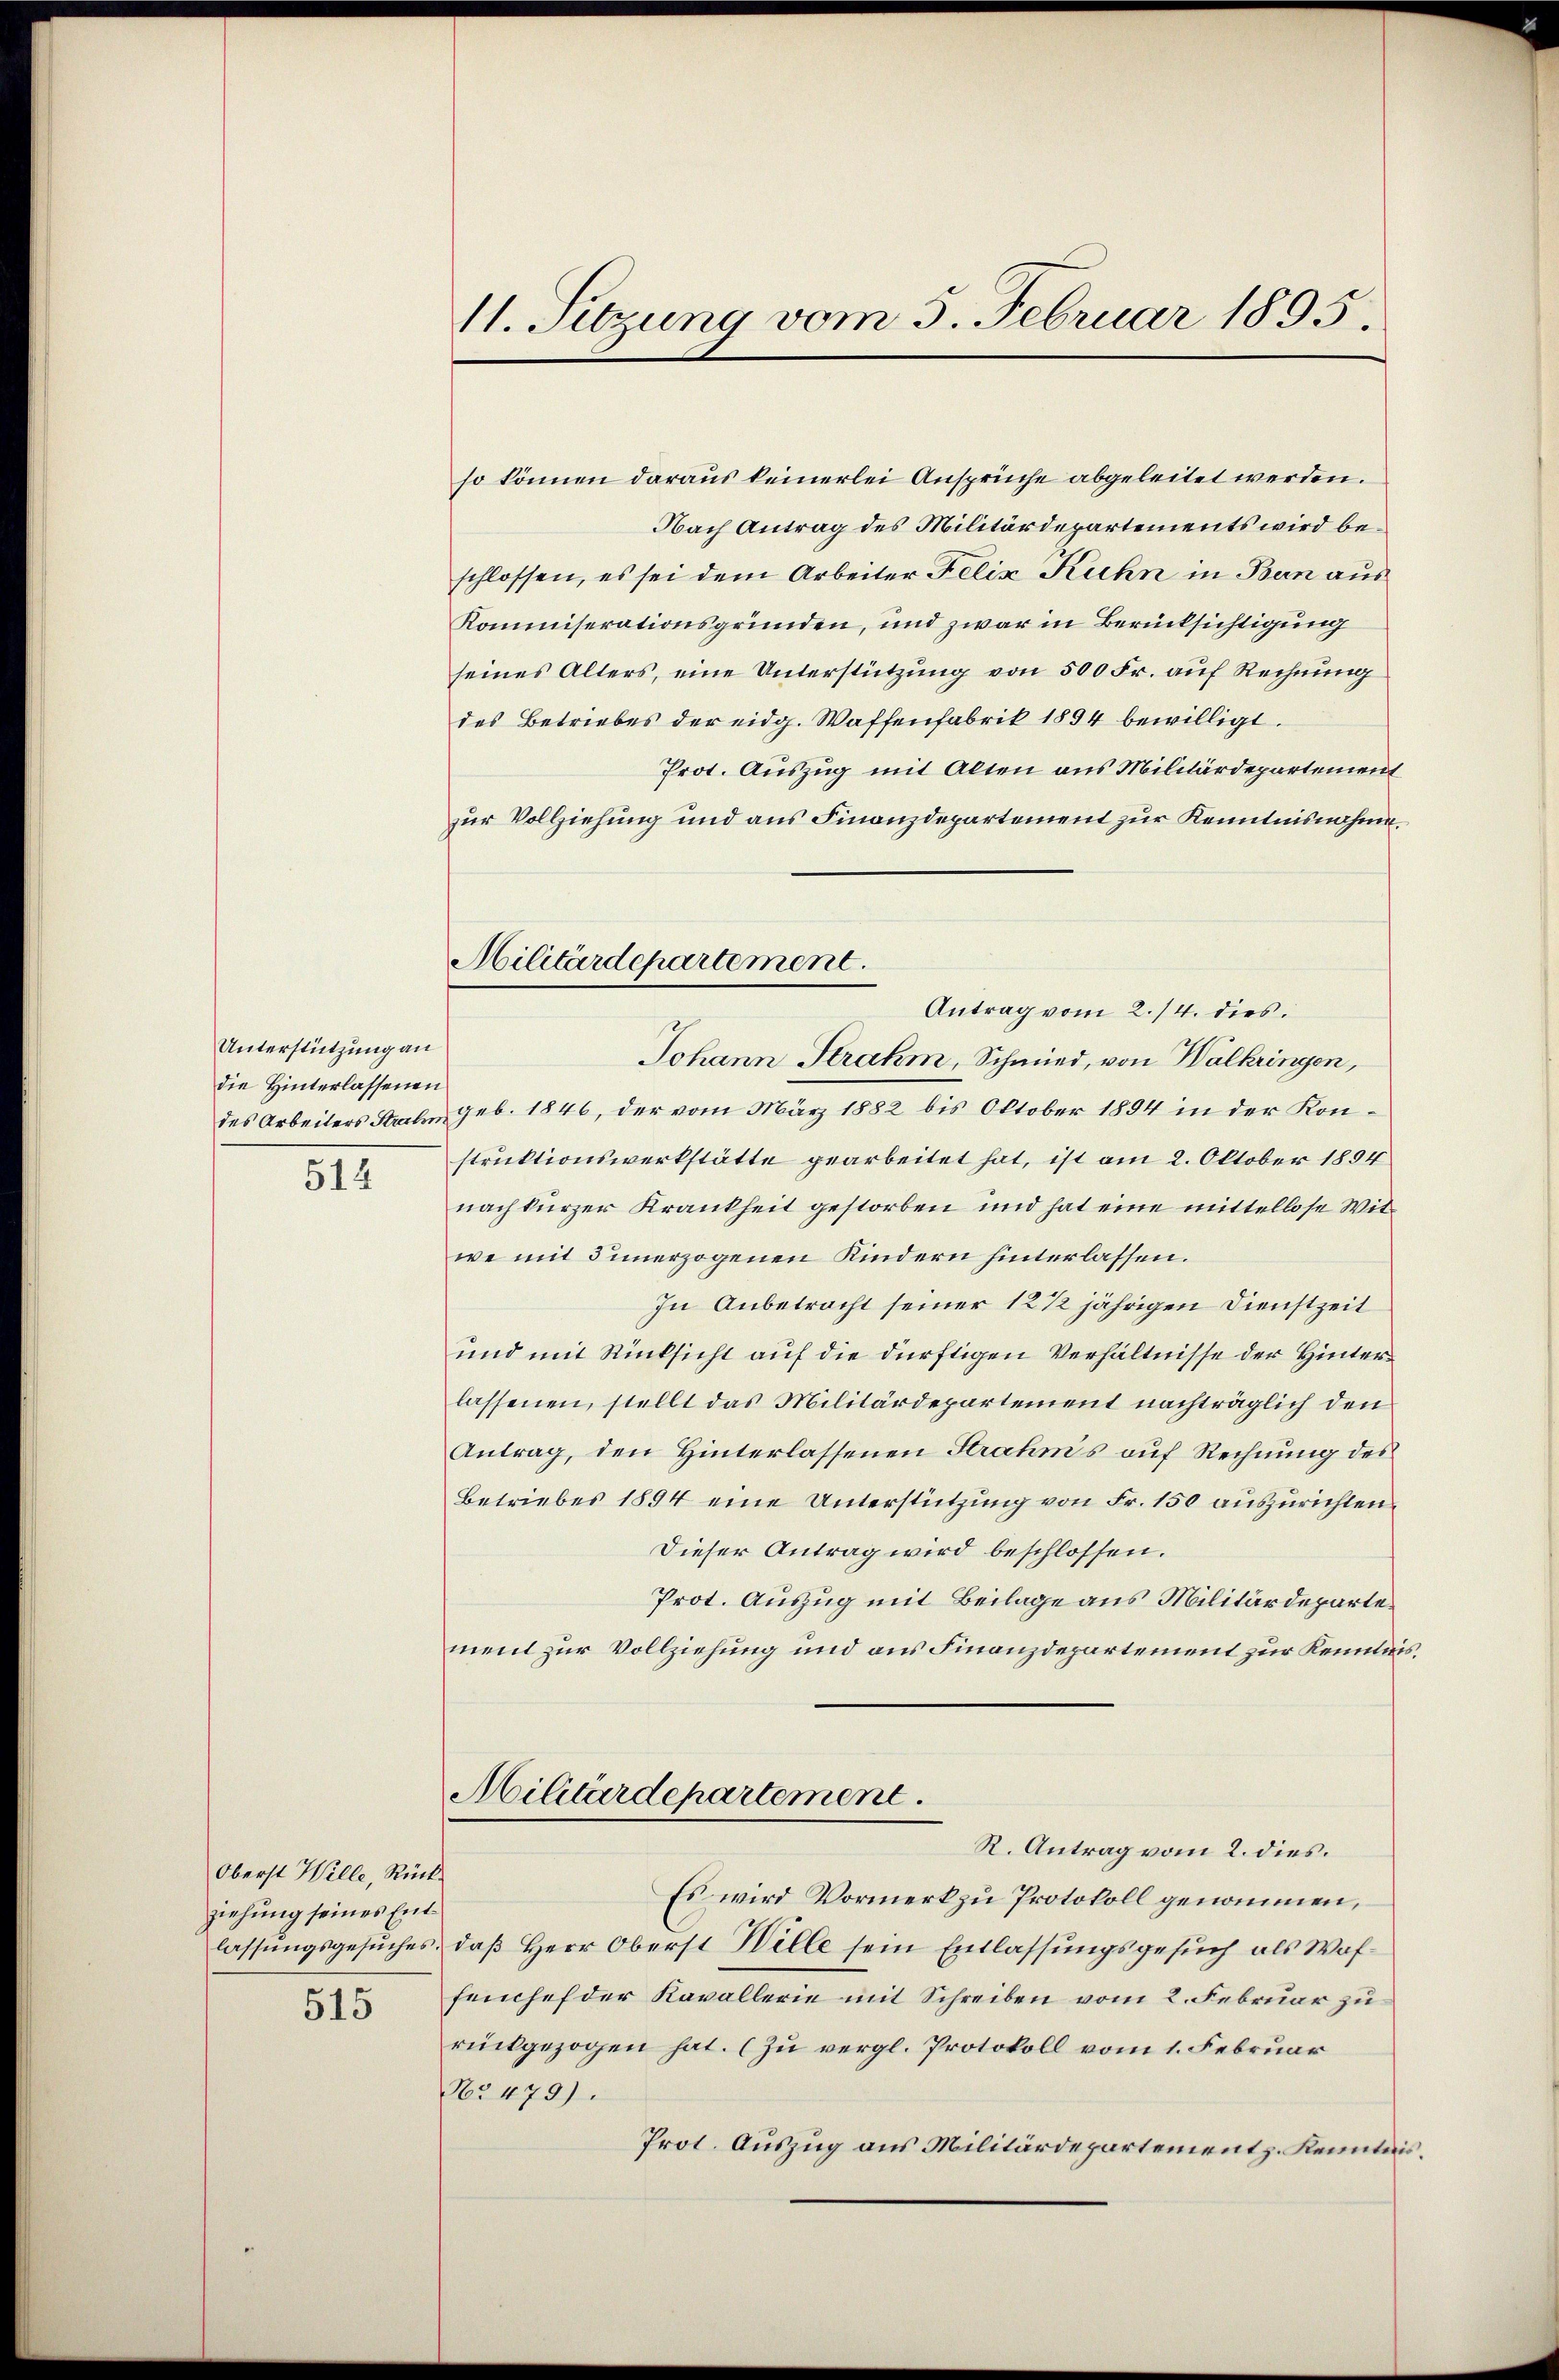
Unterstützung an
die Hinterlassenen
514

Oberst Wille, Rückziehung seines Ent¬

515

11. Sitzung vom 5. Februar 1895.

so können daraus keinerlei Ansprüche abgeleitet werden.
Nach Antrag des Militärdepartements wird beschlossen, es sei dem Arbeiter Felix Kuhn in Bern aus
Kommiserationsgründen, und zwar in Berücksichtigung
seines Alters, eine Unterstützung von 500 Fr. auf Rechnung
des Betriebes der eidg. Waffenfabrik 1894 bewilligt.
Prot. Auszug mit Alten aus Militärdepartement
zur Vollziehung und aus Finanzdepartement zur Kenntnisnahme.
Antrag vom 2./4. dies
Johann Strahm, Schmied, von Walkringen,
des Arbeiters Saal geb. 1846, der vom März 1882 bis Oktober 1894 in der Konstruktionswerkstätte gearbeitet hat, ist am 2. Oktober 1894
nach kurzer Krankheit gestorben und hat eine mittellose Witwe mit 3 unerzogenen Kindern hinterlassen.
In Anbetracht seiner 12 1/2 jährigen Dienstzeit
und mit Rücksicht auf die dürftigen Verhältnisse der Hinterlassenen, stellt das Militärdepartement nachträglich den
Antrag, den Hinterlassenen Strahms auf Rechnung des
Betriebes 1894 eine Unterstützung von Fr. 150 auszurichten.
Dieser Antrag wird beschlossen.
Prot. Auszug mit Beilage aus Militärdepartement zur Vollziehung und aus Finanzdepartement zur Kenntnis
Militärdepartement.
R. Antrag vom 2. dies.
Es wird Vormerk zu Protokoll genommen,
lassungsgesuches, daß Herr Oberst Wille sein Entlassungsgesuch als Waffenchef der Kavallerie mit Schreiben vom 2. Februar zu
rückgezogen hat. (Zu vergl. Protokoll vom 1. Februar
No 479).
Prot. Auszug aus Militärdepartement. Kenntnis

Militärdepartement.